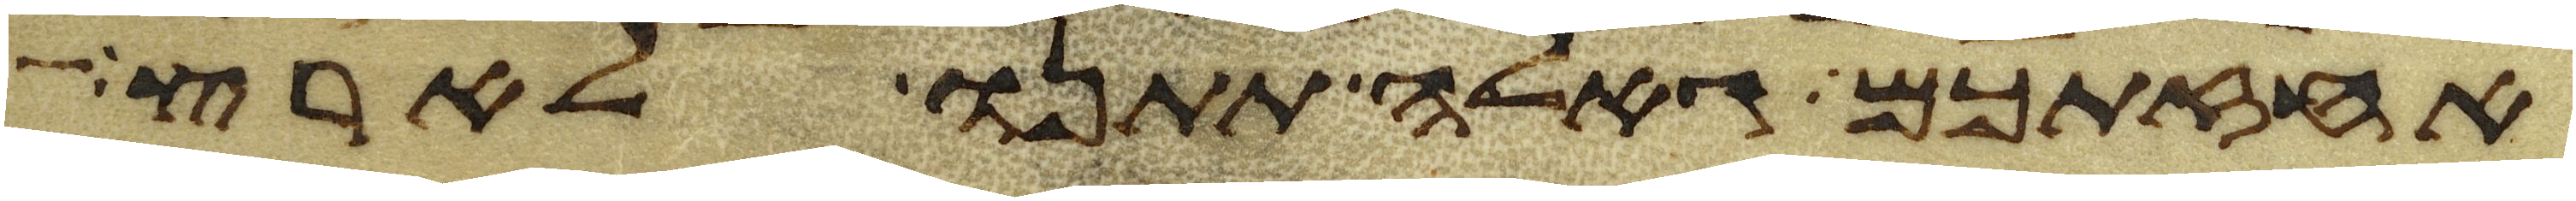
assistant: אחזתכם גאלה תתנו לארץ